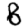
Digit: 8